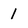
Character: 1